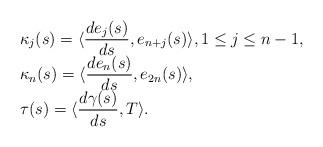
LaTeX: \begin{align*}\begin{array}{ll}\displaystyle{\kappa_j(s)=\langle\frac{de_j(s)}{ds},e_{n+j}(s)\rangle, 1\leq j\leq n-1}, \\\displaystyle{\kappa_n(s)=\langle\frac{de_n(s)}{ds},e_{2n}(s)\rangle},\\\displaystyle{\tau(s)=\langle\frac{d\gamma(s)}{ds},T\rangle}.\end{array}\end{align*}